Scottish Certificate of Education, 1962
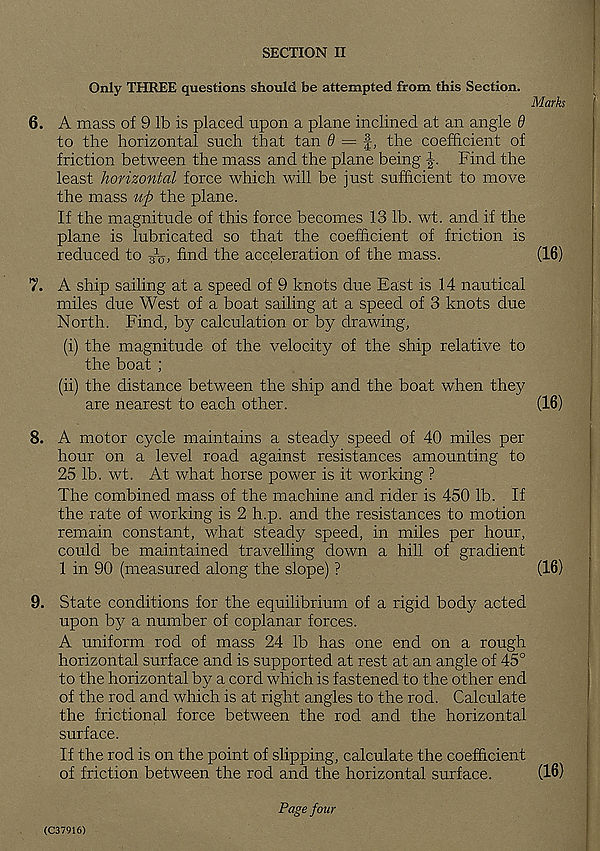
SECTION II
Only THREE questions should be attempted from this Section.
6. A mass of 9 lb is placed upon a plane inclined at an angle 9
to the horizontal such that tan # = f, the coefficient of
friction between the mass and the plane being
Find the
least horizontal force which will be just sufficient to move
the mass up the plane.
If the magnitude of this force becomes 13 lb. wt. and if the
plane is lubricated so that the coefficient of friction is
reduced to
find the acceleration of the mass.
7. A ship sailing at a speed of 9 knots due East is 14 nautical
miles due West of a boat sailing at a speed of 3 knots due
North. Find, by calculation or by drawing,
(i) the magnitude of the velocity of the ship relative to
the boat ;
(ii) the distance between the ship and the boat when they
are nearest to each other.
(16)
8. A motor cycle maintains a steady speed of 40 miles per
hour on a level road against resistances amounting to
25 lb. wt. At what horse power is it working ?
The combined mass of the machine and rider is 450 lb. If
the rate of working is 2 h.p. and the resistances to motion
remain constant, what steady speed, in miles per hour,
could be maintained travelling down a hill of gradient
1 in 90 (measured along the slope) ?
(16)
9. State conditions for the equilibrium of a rigid body acted
upon by a number of coplanar forces.
A uniform rod of mass 24 lb has one end on a rough
horizontal surface and is supported at rest at an angle of 45°
to the horizontal by a cord which is fastened to the other end
of the rod and which is at right angles to the rod. Calculate
the frictional force between the rod and the horizontal
surface.
If the rod is on the point of slipping, calculate the coefficient
of friction between the rod and the horizontal surface.
(16)
Marks
(16)
(C37916)
Page four